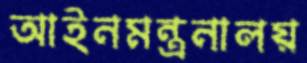
আইনমন্ত্রনালয়